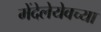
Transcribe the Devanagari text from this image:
मेंदेलेयेवच्या